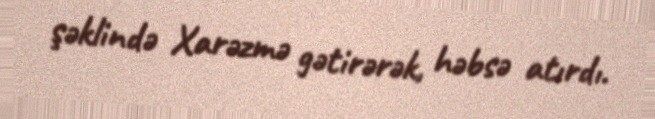
şəklində Xarəzmə gətirərək, həbsə atırdı.